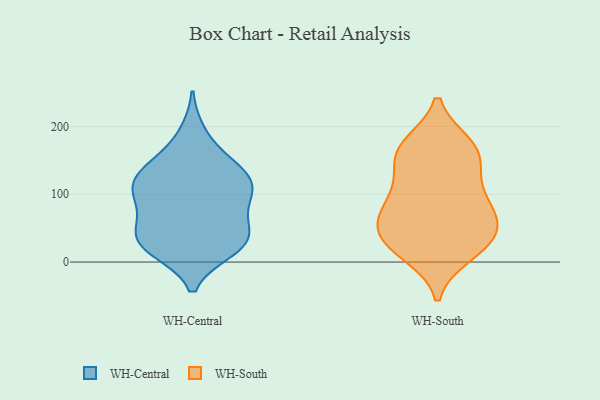
{"axis": {"x": "Budget (USD K)", "y": "Value"}, "legend": ["WH-Central", "WH-South"], "data": [{"x": "", "y": 29, "type": "WH-Central"}, {"x": "", "y": 140, "type": "WH-Central"}, {"x": "", "y": 90, "type": "WH-Central"}, {"x": "", "y": 114, "type": "WH-Central"}, {"x": "", "y": 67, "type": "WH-Central"}, {"x": "", "y": 94, "type": "WH-Central"}, {"x": "", "y": 30, "type": "WH-Central"}, {"x": "", "y": 135, "type": "WH-Central"}, {"x": "", "y": 111, "type": "WH-Central"}, {"x": "", "y": 52, "type": "WH-Central"}, {"x": "", "y": 119, "type": "WH-Central"}, {"x": "", "y": 20, "type": "WH-Central"}, {"x": "", "y": 109, "type": "WH-Central"}, {"x": "", "y": 27, "type": "WH-Central"}, {"x": "", "y": 190, "type": "WH-Central"}, {"x": "", "y": 152, "type": "WH-Central"}, {"x": "", "y": 46, "type": "WH-Central"}, {"x": "", "y": 18, "type": "WH-Central"}, {"x": "", "y": 159, "type": "WH-South"}, {"x": "", "y": 49, "type": "WH-South"}, {"x": "", "y": 168, "type": "WH-South"}, {"x": "", "y": 60, "type": "WH-South"}, {"x": "", "y": 87, "type": "WH-South"}, {"x": "", "y": 138, "type": "WH-South"}, {"x": "", "y": 131, "type": "WH-South"}, {"x": "", "y": 173, "type": "WH-South"}, {"x": "", "y": 71, "type": "WH-South"}, {"x": "", "y": 86, "type": "WH-South"}, {"x": "", "y": 172, "type": "WH-South"}, {"x": "", "y": 27, "type": "WH-South"}, {"x": "", "y": 17, "type": "WH-South"}, {"x": "", "y": 40, "type": "WH-South"}, {"x": "", "y": 93, "type": "WH-South"}, {"x": "", "y": 12, "type": "WH-South"}, {"x": "", "y": 37, "type": "WH-South"}]}